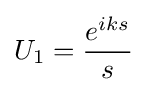
U_{1}={\frac {e^{iks}}{s}}